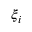
\xi _ { i }